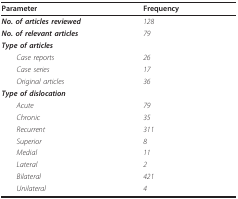
<table><thead><tr><td><b>Parameter</b></td><td><b>Frequency</b></td></tr></thead><tbody><tr><td><b><i>No. of articles reviewed</i></b></td><td><i>128</i></td></tr><tr><td><b><i>No. of relevant articles</i></b></td><td><i>79</i></td></tr><tr><td><b><i>Type of articles</i></b></td><td></td></tr><tr><td> <i>Case reports</i></td><td><i>26</i></td></tr><tr><td> <i>Case series</i></td><td><i>17</i></td></tr><tr><td> <i>Original articles</i></td><td><i>36</i></td></tr><tr><td><b><i>Type of dislocation</i></b></td><td></td></tr><tr><td> <i>Acute</i></td><td><i>79</i></td></tr><tr><td> <i>Chronic</i></td><td><i>35</i></td></tr><tr><td> <i>Recurrent</i></td><td><i>311</i></td></tr><tr><td> <i>Superior</i></td><td><i>8</i></td></tr><tr><td> <i>Medial</i></td><td><i>11</i></td></tr><tr><td> <i>Lateral</i></td><td><i>2</i></td></tr><tr><td> <i>Bilateral</i></td><td><i>421</i></td></tr><tr><td> <i>Unilateral</i></td><td><i>4</i></td></tr></tbody></table>